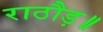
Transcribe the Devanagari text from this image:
राठौड़॥